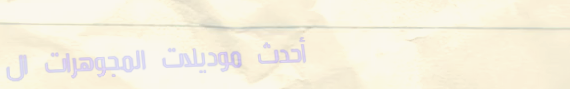
أحدث موديلات المجوهرات ال